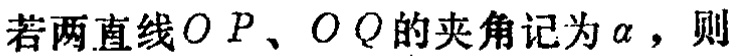
若两直线\(OP\)、\(OQ\)的夹角记为\(\alpha\)，则